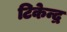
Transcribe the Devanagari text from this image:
टिकेन्द्र